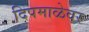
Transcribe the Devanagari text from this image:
दिपमाळेवर